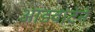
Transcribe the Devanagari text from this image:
आडवाटेने